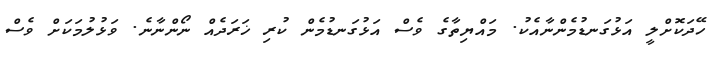
ހޭދަކޮށްލީ އަޅުގަނޑުމެންނާއެކު. މައްޔިތާގެ ވެސް އަޅުގަނޑުމެން ކުރި ޚަރަދެއް ނޯންނާނެ. ވަޅުލުމަކަށް ވެސް